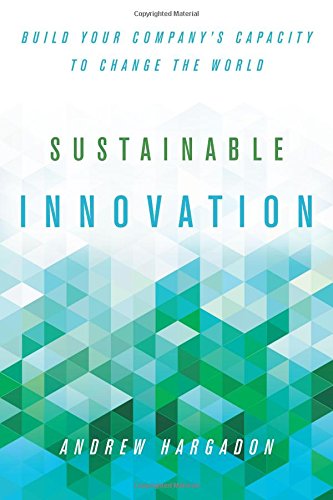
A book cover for Sustainable Innovation: Build Your CompanyEEs Capacity to Change the World (Innovation and Technology in the World E); Andrew Hargadon; Business & Money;